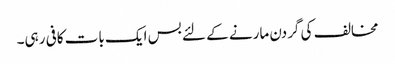
مخالف کی گردن مارنے کے لئے بس ایک بات کافی رہی۔